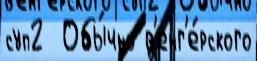
суп2  Обы́чно в'енг'е́рского